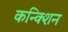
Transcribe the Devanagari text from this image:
कन्क्शिन